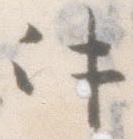
件